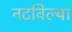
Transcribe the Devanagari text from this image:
नटविल्या